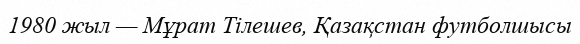
1980 жыл — Мұрат Тілешев, Қазақстан футболшысы